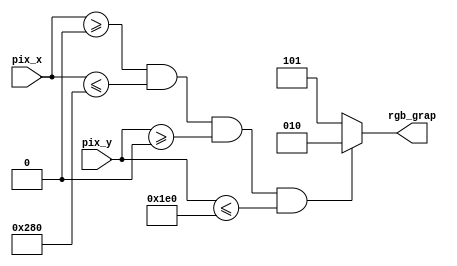
module grap_rgb(
    input wire[9:0] pix_x,
    input wire [9:0] pix_y,
    output reg [2:0] rgb_grap
    );
always @* begin
	if ( pix_x >= 0 && pix_x <= 640 && pix_y >= 0 && pix_y <= 480) 
	 rgb_grap = 3'b010;
	 else
	 rgb_grap = 3'b101;
 end

endmodule